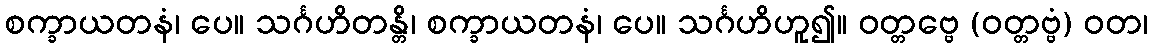
စက္ခာယတနံ၊ ပေ။ သင်္ဂဟိတန္တိ၊ စက္ခာယတနံ၊ ပေ။ သင်္ဂဟိဟူ၍။ ဝတ္တဗ္ဗေ (ဝတ္တဗ္ဗံ) ဝတ၊